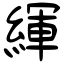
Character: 緷